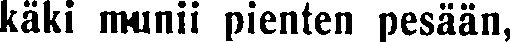
käki munii pienten pesään,